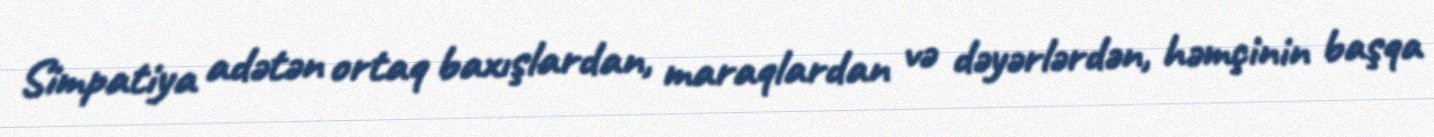
Simpatiya adətən ortaq baxışlardan, maraqlardan və dəyərlərdən, həmçinin başqa